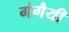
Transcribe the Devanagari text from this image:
गंगैयी